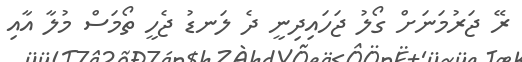
ރޭ ޖަރުމަނަށް ގޯލު ޖަހައިދިނީ ދެ ލަނޑު ޖެހީ ތޯމަސް މުލާ އާއި